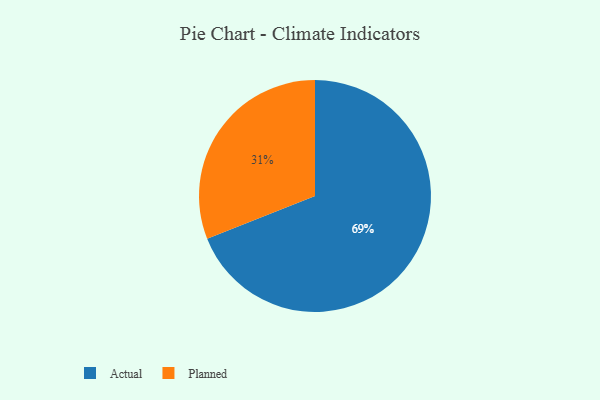
{"axis": {"x": "Category", "y": "Percentage"}, "legend": ["Actual", "Planned"], "data": [{"x": "Planned", "y": 31, "type": "Planned"}, {"x": "Actual", "y": 69, "type": "Actual"}]}